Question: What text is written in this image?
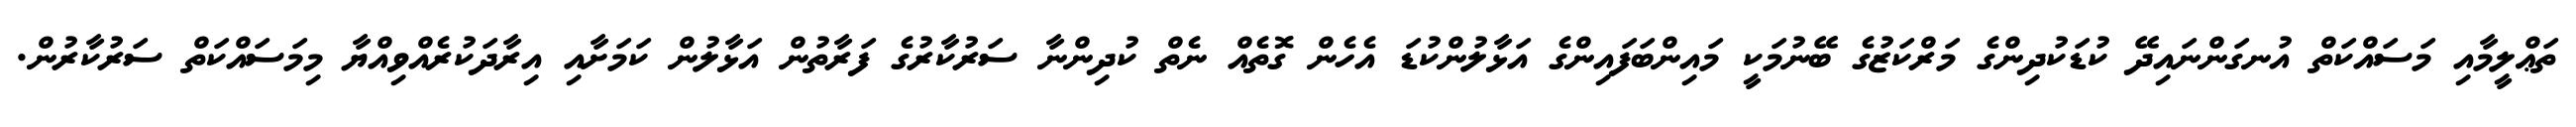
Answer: ތަޢްލީމާއި މަސައްކަތް އުނގަންނައިދޭ ކުޑަކުދިންގެ މަރްކަޒުގެ ބޭނުމަކީ މައިންބަފައިންގެ އަޅާލުންކުޑަ އެހެން ގޮތެއް ނެތް ކުދިންނާ ސަރުކާރުގެ ފަރާތުން އަޅާލުން ކަމަށާއި އިރާދަކުރެއްވިއްޔާ މިމަސައްކަތް ސަރުކާރުން.